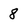
Character: 8